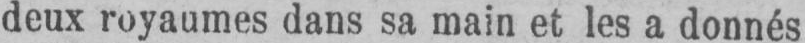
deux royaumes dans sa main et les a donnés